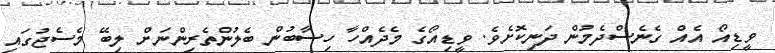
ވީޑިއޯ އެއް ގެނެސްދެމުން ދަނިކޮށެވެ. ވީޑިއޯގެ މެދެއްހާ ހިސާބުން ބެލުންތެރިންނަށް ލިބޭ މެސެޖުގައި